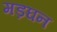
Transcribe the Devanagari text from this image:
मड़घन